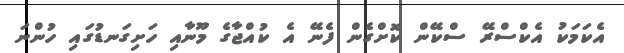
އެކަމަކު އެކްސްރޭ ސްކޭން ކޮށްގެން ފެނޭ އެ ކުއްޖާގެ މޫނާއި ހަށިގަނޑުގައި ހުންނަ